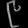
Digit: ၉